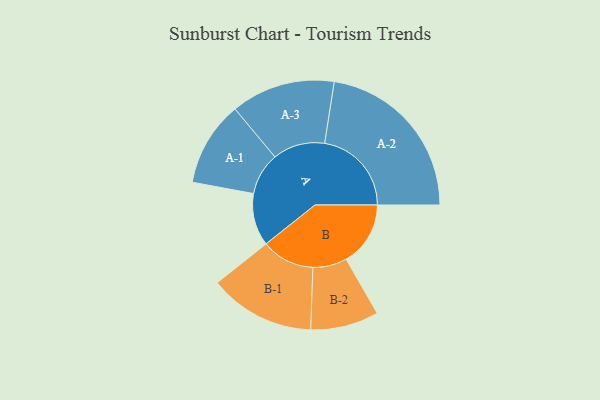
{"axis": {"x": "Segment", "y": "Value"}, "legend": ["", "A", "B"], "data": [{"x": "A", "y": 163, "type": ""}, {"x": "B", "y": 200, "type": ""}, {"x": "A-1", "y": 132, "type": "A"}, {"x": "A-2", "y": 270, "type": "A"}, {"x": "A-3", "y": 162, "type": "A"}, {"x": "B-1", "y": 165, "type": "B"}, {"x": "B-2", "y": 106, "type": "B"}]}